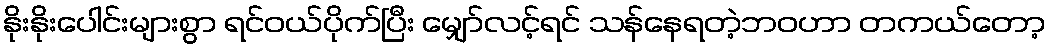
နိုးနိုးပေါင်းများစွာ ရင်ဝယ်ပိုက်ပြီး မျှော်လင့်ရင် သန်နေရတဲ့ဘဝဟာ တကယ်တော့